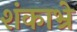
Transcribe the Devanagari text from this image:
शंकाभ्रे